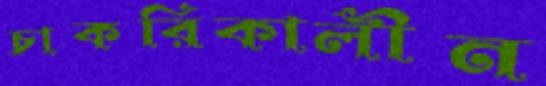
চাকরিকালীন